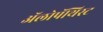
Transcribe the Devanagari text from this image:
अॅलोपॅथिस्ट